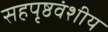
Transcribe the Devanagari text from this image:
सहपृष्ठवंशीय